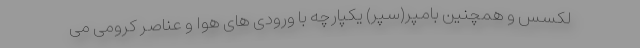
لکسس و همچنین بامپر(سپر) یکپارچه با ورودی های هوا و عناصر کرومی می